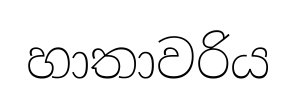
හාතාවරිය